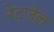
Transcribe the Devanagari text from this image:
रेट्जेल